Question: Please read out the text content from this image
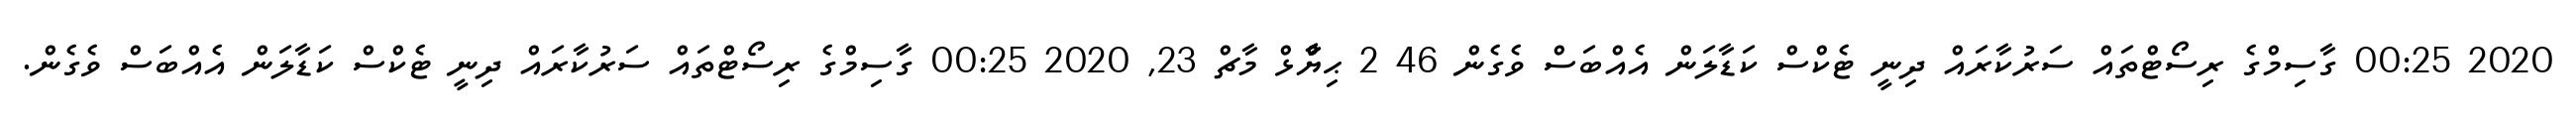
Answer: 2020 00:25 ގާސިމްގެ ރިސޯޓްތައް ސަރުކާރައް ދިނީ ޓެކްސް ކަޑާލަން އެއްބަސް ވެގެން 46 2 ޙިޔާާްްޅް މާޗް 23, 2020 00:25 ގާސިމްގެ ރިސޯޓްތައް ސަރުކާރައް ދިނީ ޓެކްސް ކަޑާލަން އެއްބަސް ވެގެން.